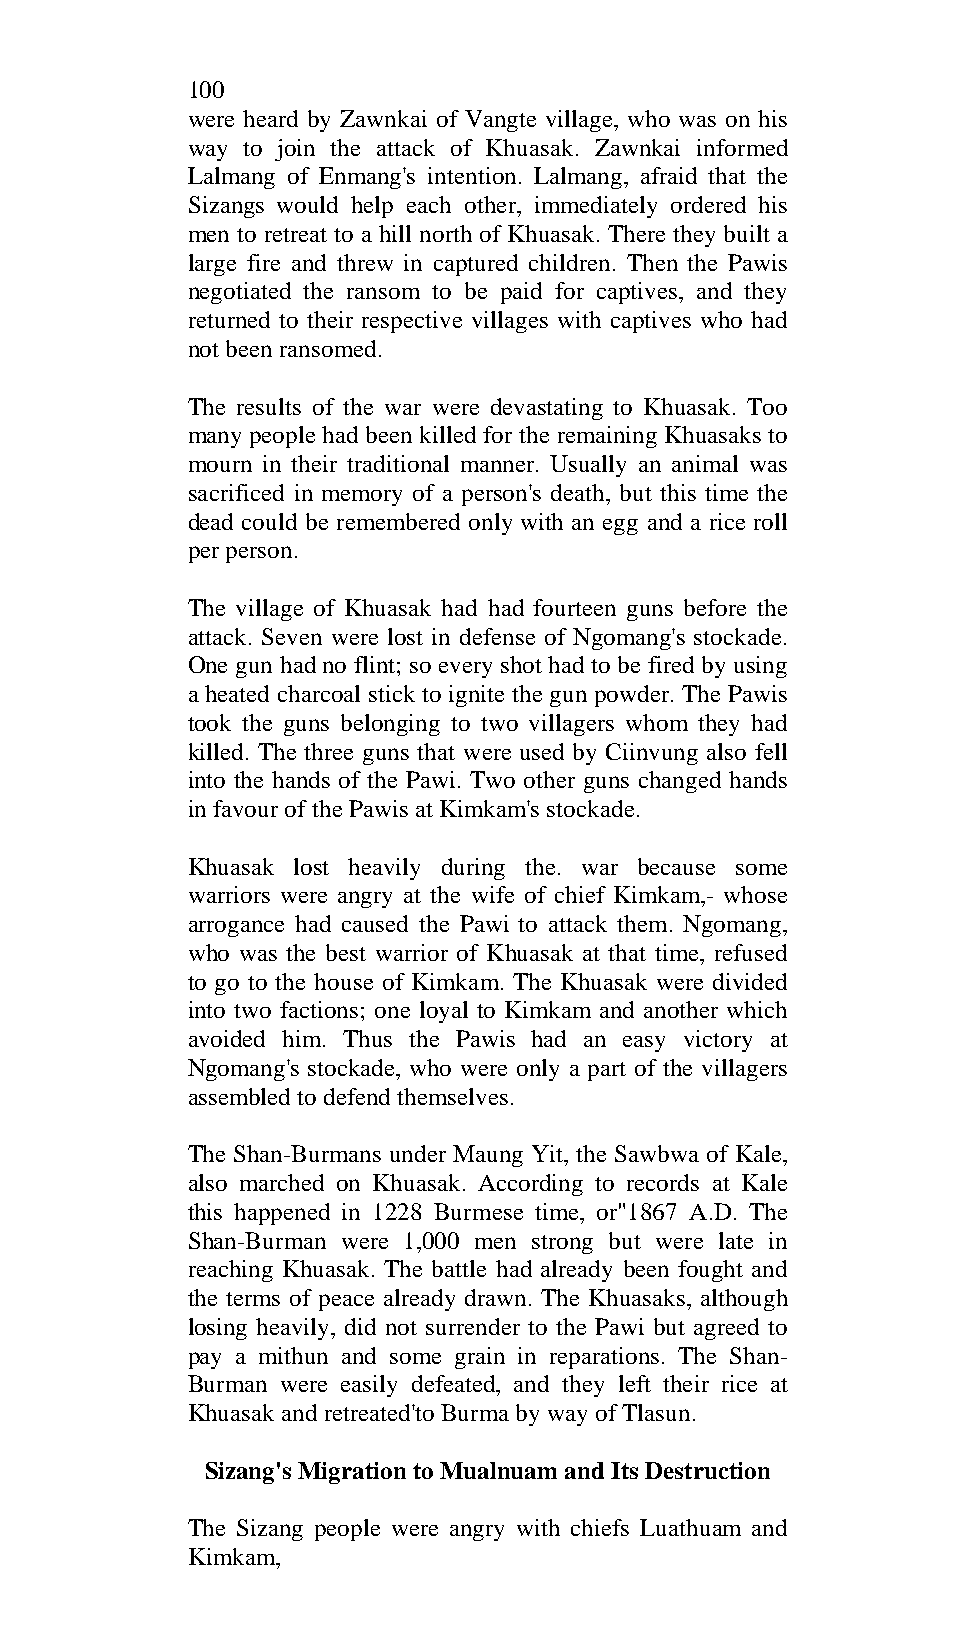
100
 were heard by Zawnkai of Vangte village, who was on his
 way to join the attack of Khuasak. Zawnkai informed
 Lalmang of Enmang's intention. Lalmang, afraid that the
 Sizangs would help each other, immediately ordered his
 men to retreat to a hill north of Khuasak. There they built a
 large fire and threw in captured children. Then the Pawis
 negotiated the ransom to be paid for captives, and they
 returned to their respective villages with captives who had
 not been ransomed.
 The results of the war were devastating to Khuasak. Too
 many people had been killed for the remaining Khuasaks to
 mourn in their traditional manner. Usually an animal was
 sacrificed in memory of a person's death, but this time the
 dead could be remembered only with an egg and a rice roll
 per person.
 The village of Khuasak had had fourteen guns before the
 attack. Seven were lost in defense of Ngomang's stockade.
 One gun had no flint; so every shot had to be fired by using
 a heated charcoal stick to ignite the gun powder. The Pawis
 took the guns belonging to two villagers whom they had
 killed. The three guns that were used by Ciinvung also fell
 into the hands of the Pawi. Two other guns changed hands
 in favour of the Pawis at Kimkam's stockade.
 Khuasak lost heavily during the. war because some
 warriors were angry at the wife of chief Kimkam,- whose
 arrogance had caused the Pawi to attack them. Ngomang,
 who was the best warrior of Khuasak at that time, refused
 to go to the house of Kimkam. The Khuasak were divided
 into two factions; one loyal to Kimkam and another which
 avoided him. Thus the Pawis had an easy victory at
 Ngomang's stockade, who were only a part of the villagers
 assembled to defend themselves.
 The Shan-Burmans under Maung Yit, the Sawbwa of Kale,
 also marched on Khuasak. According to records at Kale
 this happened in 1228 Burmese time, or"1867 A.D. The
 Shan-Burman were 1,000 men strong but were late in
 reaching Khuasak. The battle had already been fought and
 the terms of peace already drawn. The Khuasaks, although
 losing heavily, did not surrender to the Pawi but agreed to
 pay a mithun and some grain in reparations. The Shan-
 Burman were easily defeated, and they left their rice at
 Khuasak and retreated'to Burma by way of Tlasun.
 Sizang's Migration to Mualnuam and Its Destruction
 The Sizang people were angry with chiefs Luathuam and
 Kimkam,